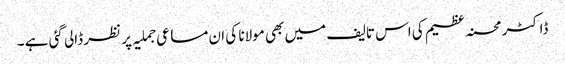
ڈاکٹر محسنہ عظیم کی اس تالیف میں بھی مولانا کی ان مساعی جملیہ پر نظر ڈالی گئی ہے ۔